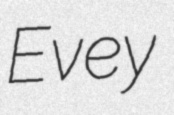
Evey